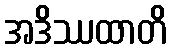
အဒိဿထာတိ